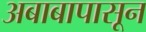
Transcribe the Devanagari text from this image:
अबाबापासून